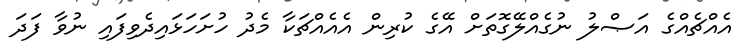
އެއްޗެއްގެ އަޞްލު ނުގެއްލޭގޮތަށް އޭގެ ކުރިން އެއެއްޗަކާ މެދު ހުށަހަޅައިދެވިފައި ނުވާ ފަދަ